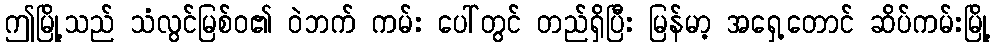
ဤမြို့သည် သံလွင်မြစ်ဝ၏ ဝဲဘက် ကမ်း ပေါ်တွင် တည်ရှိပြီး မြန်မာ့ အရှေ့တောင် ဆိပ်ကမ်းမြို့